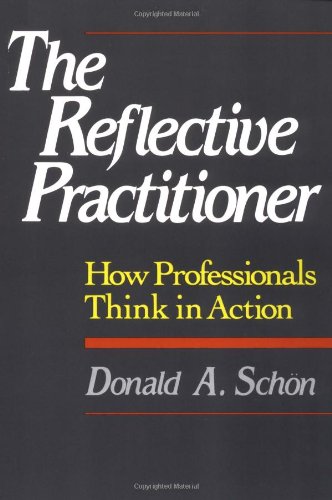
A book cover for The Reflective Practitioner: How Professionals Think In Action; Donald A. Schon; Health, Fitness & Dieting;